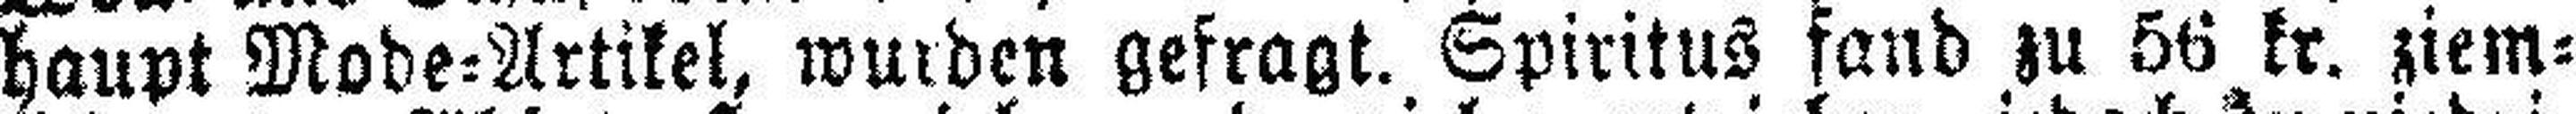
haupt Mode=Artikel, wurden gefragt. Spiritus fand zu 56 kr. ziem¬